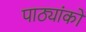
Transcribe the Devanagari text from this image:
पाठ्यांको